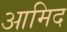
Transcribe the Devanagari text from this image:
आमिद